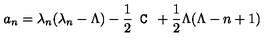
a _ { n } = \lambda _ { n } ( \lambda _ { n } - \Lambda ) - \frac 1 2 \texttt { C } + \frac 1 2 \Lambda ( \Lambda - n + 1 )